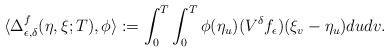
LaTeX: \begin{align*}\langle \Delta_{\epsilon,\delta}^f(\eta,\xi;T),\phi \rangle :=\int_0^T \int_0^T \phi(\eta_u)(V^\delta f_\epsilon)(\xi_v-\eta_u)dudv.\end{align*}